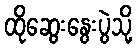
ထိုဆွေးနွေးပွဲသို့